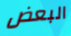
البعض